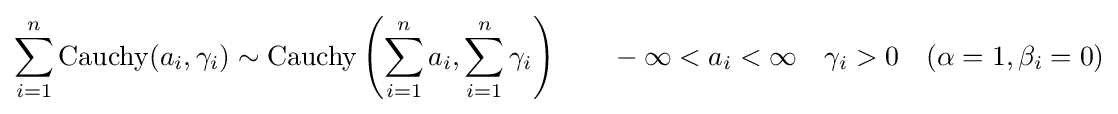
\sum _{i=1}^{n}\operatorname {Cauchy} (a_{i},\gamma _{i})\sim \operatorname {Cauchy} \left(\sum _{i=1}^{n}a_{i},\sum _{i=1}^{n}\gamma _{i}\right)\qquad -\infty <a_{i}<\infty \quad \gamma _{i}>0\quad (\alpha =1,\beta _{i}=0)